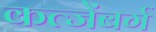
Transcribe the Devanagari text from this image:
कत्जेंबर्ग